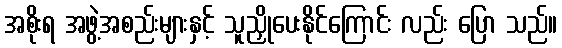
အစိုးရ အဖွဲ့အစည်းများနှင့် သူညှိုပေးနိုင်ကြောင်း လည်း ပြော သည်။